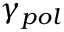
\gamma _ { p o l }